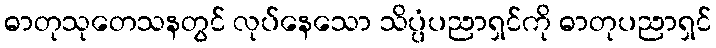
ဓာတုသုတေသနတွင် လုပ်နေသော သိပ္ပံပညာရှင်ကို ဓာတုပညာရှင်